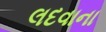
લદવાના